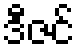
ဒီဇင်